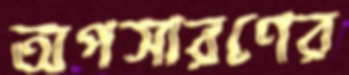
অপসারণের